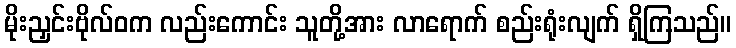
မိုးညှင်းဗိုလ်ဝက လည်းကောင်း သူတို့အား လာရောက် စည်းရုံးလျက် ရှိကြသည်။